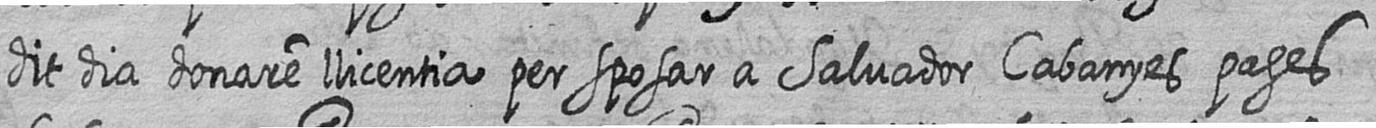
dit dia donare llicentia per sposar a Salvador Cabanyes pages